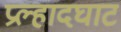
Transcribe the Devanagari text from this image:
प्रल्हादघाट